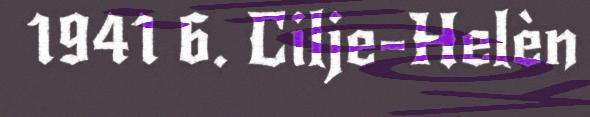
1941 6. Cilje-Helèn